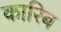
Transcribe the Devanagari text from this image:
कारिब